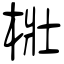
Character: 梉